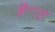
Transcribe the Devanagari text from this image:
मैगस